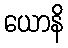
ယောနိ